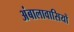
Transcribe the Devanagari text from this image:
अंबालावासियों